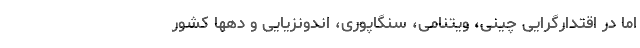
اما در اقتدارگرایی چینی، ویتنامی، سنگاپوری، اندونزیایی و دهها کشور